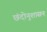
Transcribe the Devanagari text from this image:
छंदोनुशासन